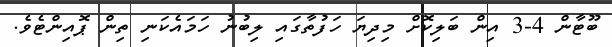
ބޫޓާން 4-3 އިން ބަލިކޮށް މިދިޔަ ހަފުތާގައި ލިބުނު ހަމައެކަނި ތިން ޕޮއިންޓެވެ.